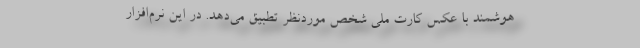
هوشمند با عکس کارت ملی شخص موردنظر تطبیق می‌دهد. در این نرم‌افزار